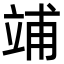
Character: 𥪀